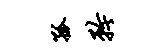
孤矜